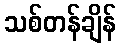
သစ်တန်ချိန်